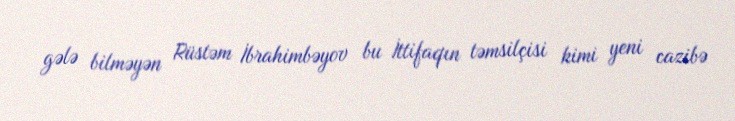
gələ bilməyən Rüstəm İbrahimbəyov bu İttifaqın təmsilçisi kimi yeni cazibə